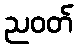
ညဝတ်